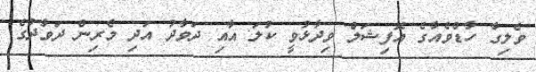
ވެލިގާ ހާޑްވެއާގެ އޮފިޝަލް ވިދާޅުވީ ކުލަ އާއި ދަވާދު އަދި މެރިން ދަވާދުގެ